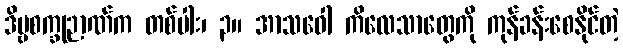
ဒိဗ္ဗစက္ခုဉာဏ်က တစ်ပါး၊ ၃။ အာသဝေါ ကိလေသာတွေကို ကုန်ခန်းစေနိုင်တဲ့